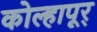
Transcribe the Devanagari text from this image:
कोल्हापूर्